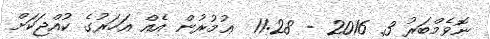
ނޮވެމްބަރު 3